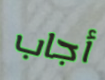
أجاب